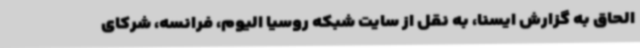
الحاق به گزارش ایسنا، به نقل از سایت شبکه روسیا الیوم، فرانسه، شرکای